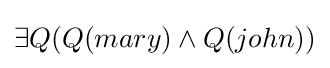
\exists Q(Q(mary)\land Q(john))